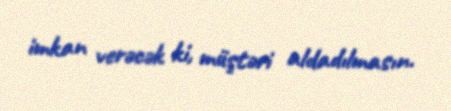
imkan verəcək ki, müştəri aldadılmasın.